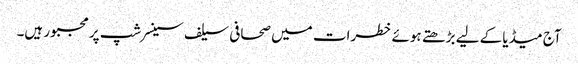
آج میڈیا کے لیے بڑھتے ہوئے خطرات میں صحافی سیلف سینسرشپ پر مجبور ہیں۔